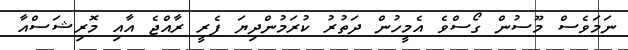
ނަމަވެސް މޫސުން ގޯސްވެ އެމީހުން ދަތުރު ކުރަމުންދިޔަ ފެރީ ރާއްޖެ އާއި މޮރިޝަސްއާ